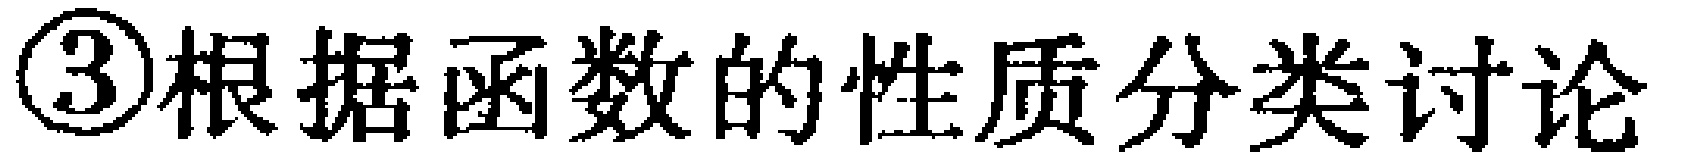
\textcircled{3}根据函数的性质分类讨论